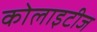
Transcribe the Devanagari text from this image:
कोलाइटीज